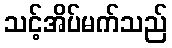
သင့်အိပ်မက်သည်